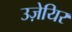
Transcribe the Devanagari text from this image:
उज़ेयिर